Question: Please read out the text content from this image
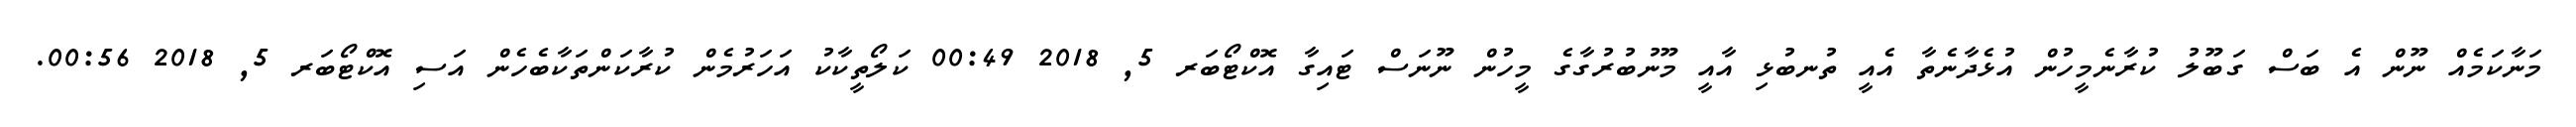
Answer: މަނާކަމެއް ނޫން އެ ބަސް ގަބޫލު ކުރާނެމީހުން އުޅެދާނެތާ އެއީ ތުނބުޅި އާއީ މޫނުބުރުގާގެ މީހުން ނޫނަސް ޓައިގާ އޮކްޓޯބަރ 5, 2018 00:49 ކަލޯތީކާކު އަހަރުމެން ކުރާކަންތަކާބެހެން އަސި އޮކްޓޯބަރ 5, 2018 00:56.